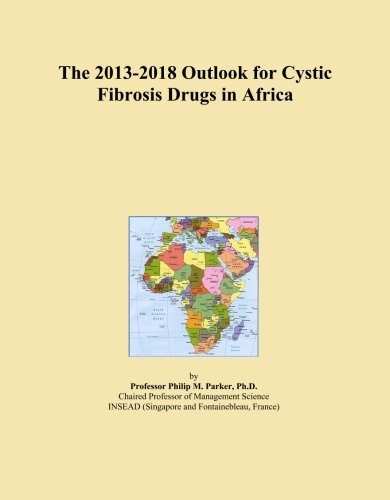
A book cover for The 2013-2018 Outlook for Cystic Fibrosis Drugs in Africa; Icon Group International; Health, Fitness & Dieting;